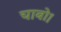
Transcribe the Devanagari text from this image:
चाबो।